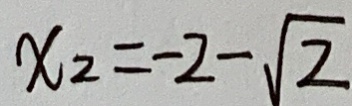
x _ { 2 } = - 2 - \sqrt { 2 }